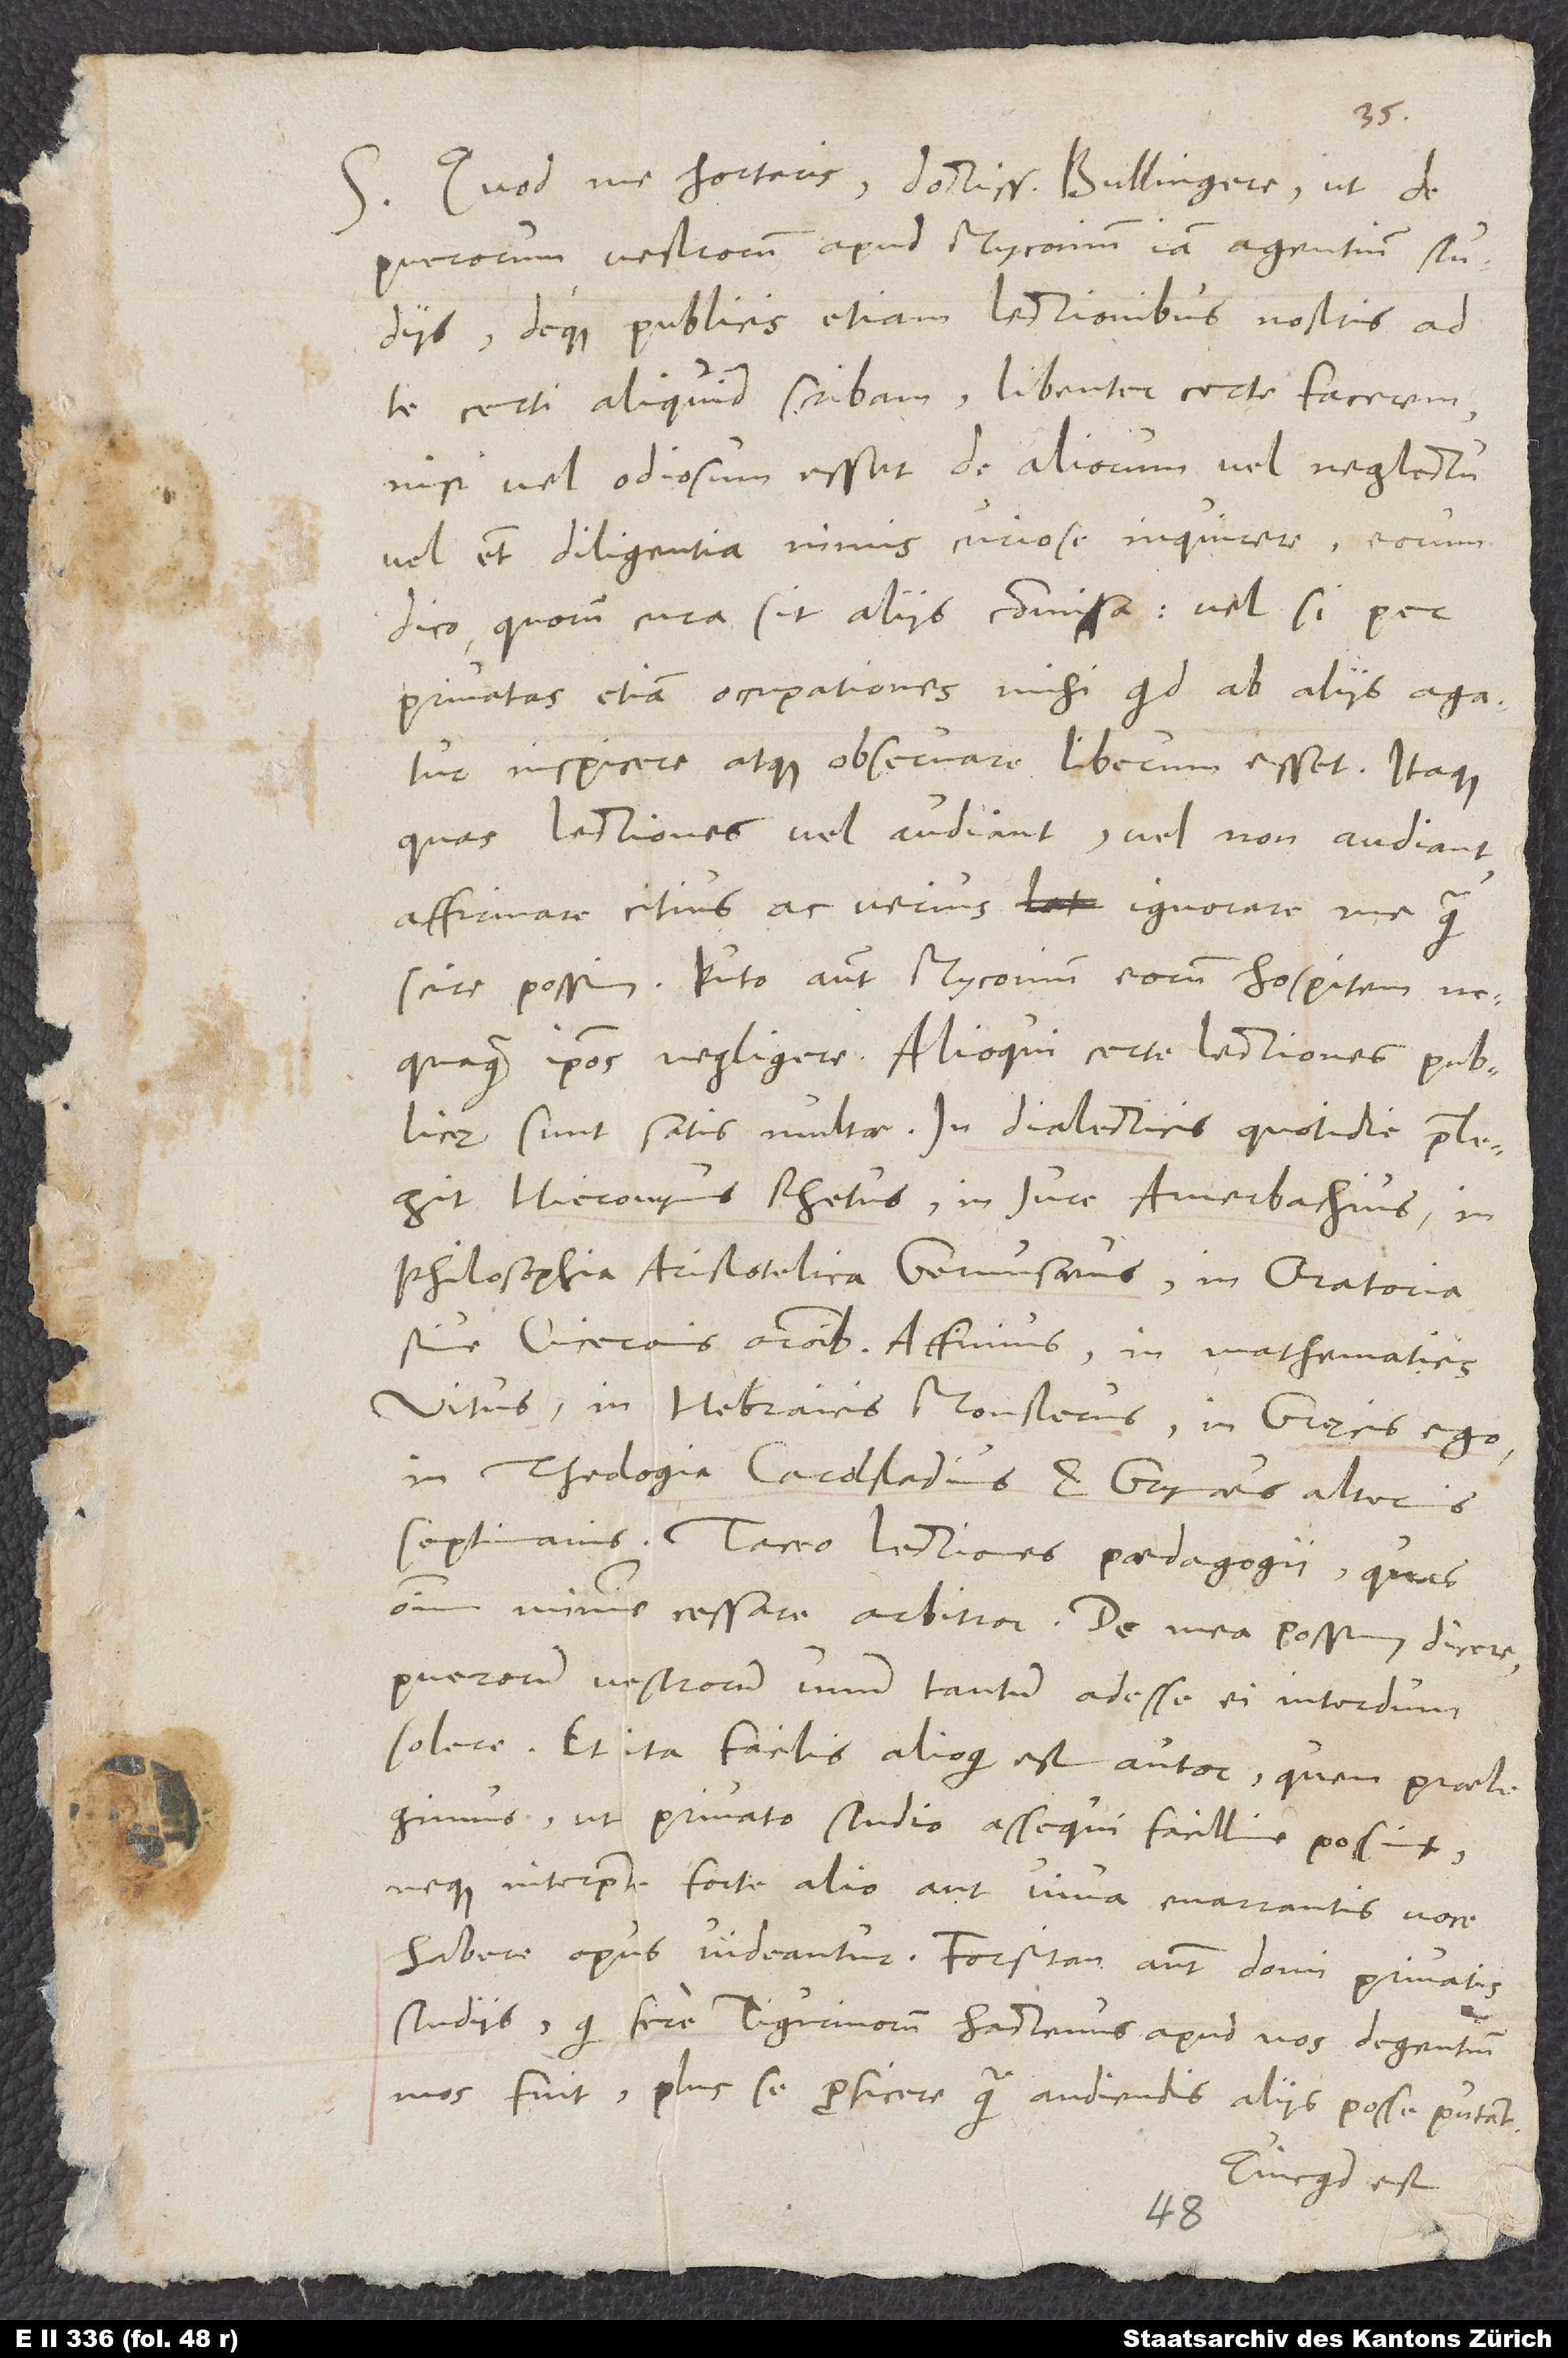
S. Quod me hortaris, doctissime Bullingere, ut de
puerorum vestrorum apud Myconium iam agentium studiis
deque publicis etiam lectionibus nostris ad
te certi aliquid scribam, libenter certe facerem,
nisi vel odiosum esset de aliorum vel neglectu
vel etiam diligentia nimis curiose inquirere, eorum
dico, quorum cura sit aliis commissa, vel si per
privatas etiam occupationes mihi, quid ab aliis agatur,
inspicere atque observare liberum esset. Itaque,
quas lectiones vel audiant vel non audiant,
affirmare citius ac verius ignorare me quam
scire possim. Puto autem Myconium, eorum hospitem,
nequaquam ipsos negligere. Alioqui certe lectiones publicę
sunt satis multae: In dialecticis quotidie praelegit
Hieronymus Rhetus, in iure Amerbachius, in
philosophia Aristotelica Gemusaeus, in oratoria
sive Ciceronis orationibus Affinius, in mathematicis
Vitus, in Hebraicis Monsterus, in Gręcis ego,
in theologia Carolstadius et Grynaeus alternis
septimanis. Taceo lectiones paedagogii, quas
omnium minime cessare arbitror. De mea possum dicere
puerorum vestrorum unum tantum adesse ei interdum
solere, et ita facilis alioqui est autor, quem praelegimus,
ut privato studio assequi facillime possint
neque interprete forte alio aut viva enarrantis voce
habere opus videantur. Forsitan autem domi privatis
studiis, qui fere Tigurinorum hactenus apud nos degentium
mos fuit, plus se proficere quam audiendis aliis posse putant.
Quicquid est,